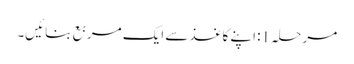
مرحلہ 1: اپنے کاغذ سے ایک مربع بنائیں۔